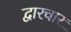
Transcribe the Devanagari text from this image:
द्वारचार